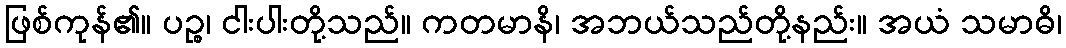
ဖြစ်ကုန်၏။ ပဉ္စ၊ ငါးပါးတို့သည်။ ကတမာနိ၊ အဘယ်သည်တို့နည်း။ အယံ သမာဓိ၊